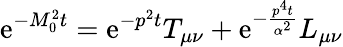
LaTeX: \mathrm{e}^{-M_{0}^{2}t}=\mathrm{e}^{-p^{2}t}T_{\mu\nu}+\mathrm{e}^{-\frac{{p^{4}t}}{{\alpha^{2}}}}L_{\mu\nu}